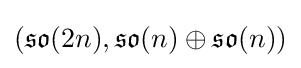
({\mathfrak {so}}(2n),{\mathfrak {so}}(n)\oplus {\mathfrak {so}}(n))